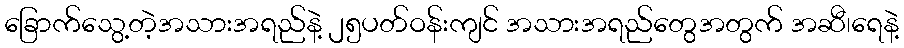
ခြောက်သွေ့တဲ့အသားအရည်နဲ့ ၂၅ပတ်ဝန်းကျင် အသားအရည်တွေအတွက် အဆီ၊ရေနဲ့